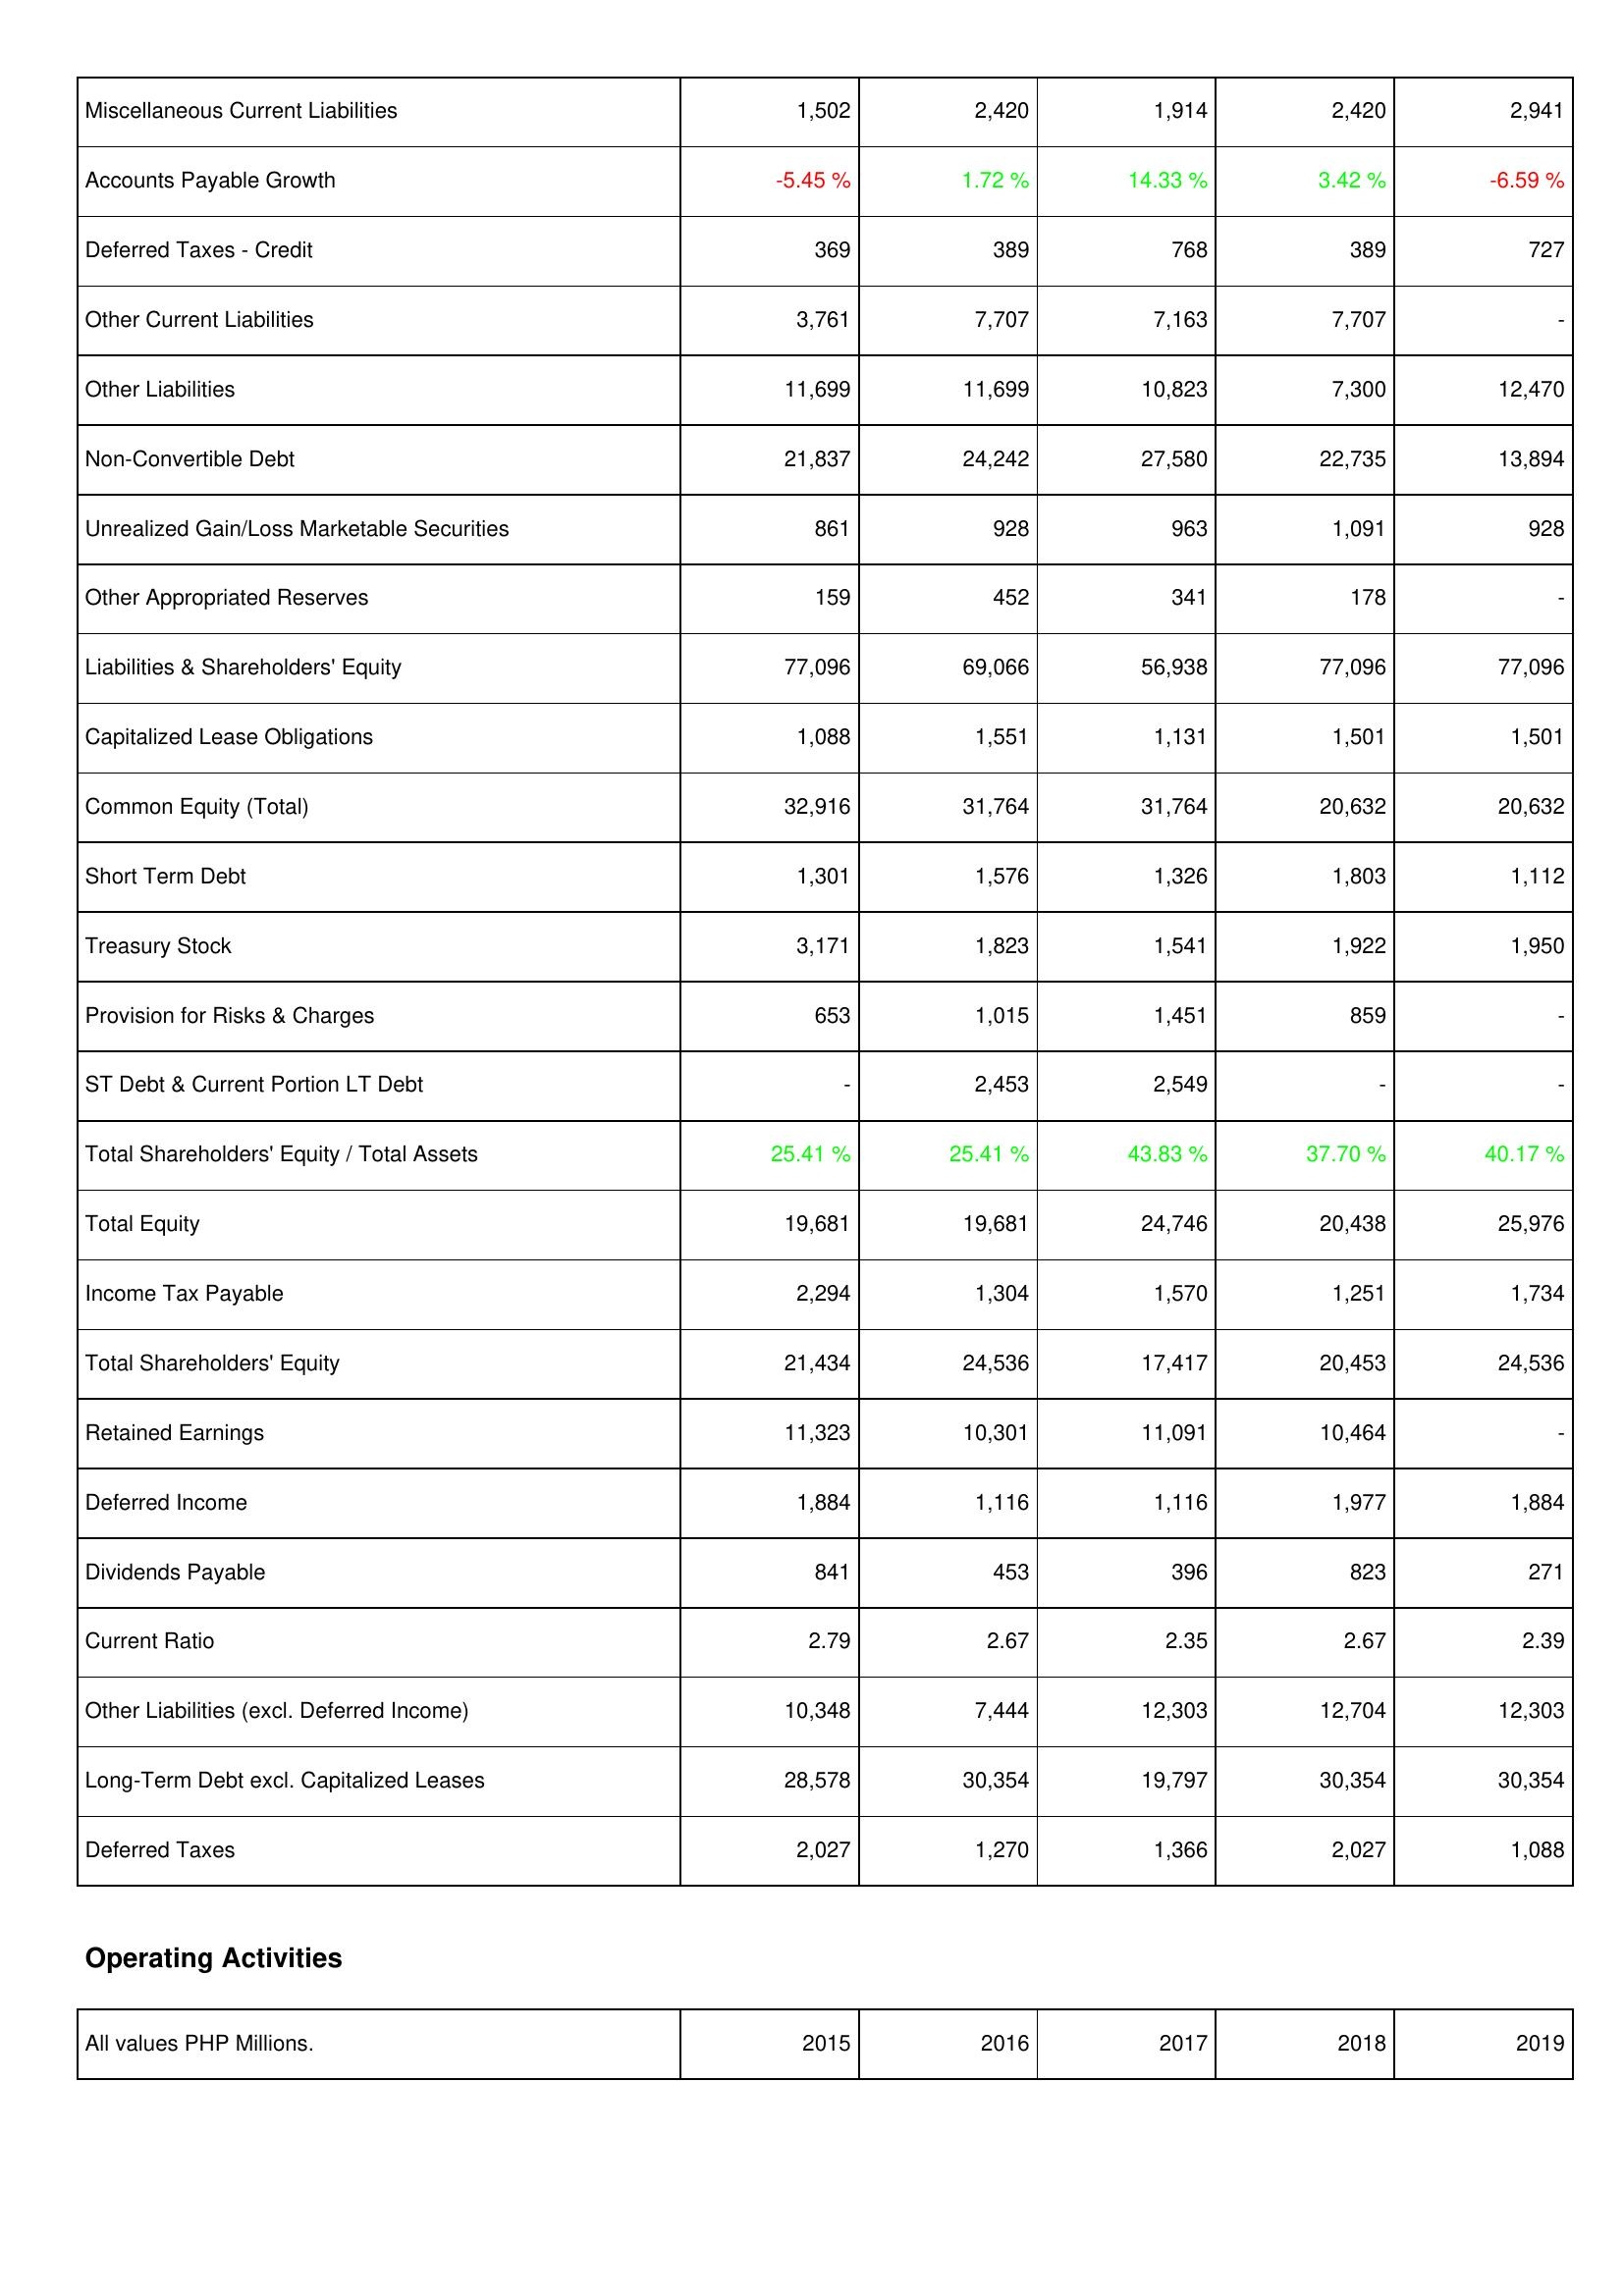
2015: Liabilities & Shareholders' Equity: Miscellaneous Current Liabilities: 1,502
Accounts Payable Growth: -5.45 %
Deferred Taxes - Credit: 369
Other Current Liabilities: 3,761
Other Liabilities: 11,699
Non-Convertible Debt: 21,837
Unrealized Gain/Loss Marketable Securities: 861
Other Appropriated Reserves: 159
Liabilities & Shareholders' Equity: 77,096
Capitalized Lease Obligations: 1,088
Common Equity (Total): 32,916
Short Term Debt: 1,301
Treasury Stock: 3,171
Provision for Risks & Charges: 653
ST Debt & Current Portion LT Debt: -
Total Shareholders' Equity / Total Assets: 25.41 %
Total Equity: 19,681
Income Tax Payable: 2,294
Total Shareholders' Equity: 21,434
Retained Earnings: 11,323
Deferred Income: 1,884
Dividends Payable: 841
Current Ratio: 2.79
Other Liabilities (excl. Deferred Income): 10,348
Long-Term Debt excl. Capitalized Leases: 28,578
Deferred Taxes: 2,027
2016: Liabilities & Shareholders' Equity: Miscellaneous Current Liabilities: 2,420
Accounts Payable Growth: 1.72 %
Deferred Taxes - Credit: 389
Other Current Liabilities: 7,707
Other Liabilities: 11,699
Non-Convertible Debt: 24,242
Unrealized Gain/Loss Marketable Securities: 928
Other Appropriated Reserves: 452
Liabilities & Shareholders' Equity: 69,066
Capitalized Lease Obligations: 1,551
Common Equity (Total): 31,764
Short Term Debt: 1,576
Treasury Stock: 1,823
Provision for Risks & Charges: 1,015
ST Debt & Current Portion LT Debt: 2,453
Total Shareholders' Equity / Total Assets: 25.41 %
Total Equity: 19,681
Income Tax Payable: 1,304
Total Shareholders' Equity: 24,536
Retained Earnings: 10,301
Deferred Income: 1,116
Dividends Payable: 453
Current Ratio: 2.67
Other Liabilities (excl. Deferred Income): 7,444
Long-Term Debt excl. Capitalized Leases: 30,354
Deferred Taxes: 1,270
2017: Liabilities & Shareholders' Equity: Miscellaneous Current Liabilities: 1,914
Accounts Payable Growth: 14.33 %
Deferred Taxes - Credit: 768
Other Current Liabilities: 7,163
Other Liabilities: 10,823
Non-Convertible Debt: 27,580
Unrealized Gain/Loss Marketable Securities: 963
Other Appropriated Reserves: 341
Liabilities & Shareholders' Equity: 56,938
Capitalized Lease Obligations: 1,131
Common Equity (Total): 31,764
Short Term Debt: 1,326
Treasury Stock: 1,541
Provision for Risks & Charges: 1,451
ST Debt & Current Portion LT Debt: 2,549
Total Shareholders' Equity / Total Assets: 43.83 %
Total Equity: 24,746
Income Tax Payable: 1,570
Total Shareholders' Equity: 17,417
Retained Earnings: 11,091
Deferred Income: 1,116
Dividends Payable: 396
Current Ratio: 2.35
Other Liabilities (excl. Deferred Income): 12,303
Long-Term Debt excl. Capitalized Leases: 19,797
Deferred Taxes: 1,366
2018: Liabilities & Shareholders' Equity: Miscellaneous Current Liabilities: 2,420
Accounts Payable Growth: 3.42 %
Deferred Taxes - Credit: 389
Other Current Liabilities: 7,707
Other Liabilities: 7,300
Non-Convertible Debt: 22,735
Unrealized Gain/Loss Marketable Securities: 1,091
Other Appropriated Reserves: 178
Liabilities & Shareholders' Equity: 77,096
Capitalized Lease Obligations: 1,501
Common Equity (Total): 20,632
Short Term Debt: 1,803
Treasury Stock: 1,922
Provision for Risks & Charges: 859
ST Debt & Current Portion LT Debt: -
Total Shareholders' Equity / Total Assets: 37.70 %
Total Equity: 20,438
Income Tax Payable: 1,251
Total Shareholders' Equity: 20,453
Retained Earnings: 10,464
Deferred Income: 1,977
Dividends Payable: 823
Current Ratio: 2.67
Other Liabilities (excl. Deferred Income): 12,704
Long-Term Debt excl. Capitalized Leases: 30,354
Deferred Taxes: 2,027
2019: Liabilities & Shareholders' Equity: Miscellaneous Current Liabilities: 2,941
Accounts Payable Growth: -6.59 %
Deferred Taxes - Credit: 727
Other Current Liabilities: -
Other Liabilities: 12,470
Non-Convertible Debt: 13,894
Unrealized Gain/Loss Marketable Securities: 928
Other Appropriated Reserves: -
Liabilities & Shareholders' Equity: 77,096
Capitalized Lease Obligations: 1,501
Common Equity (Total): 20,632
Short Term Debt: 1,112
Treasury Stock: 1,950
Provision for Risks & Charges: -
ST Debt & Current Portion LT Debt: -
Total Shareholders' Equity / Total Assets: 40.17 %
Total Equity: 25,976
Income Tax Payable: 1,734
Total Shareholders' Equity: 24,536
Retained Earnings: -
Deferred Income: 1,884
Dividends Payable: 271
Current Ratio: 2.39
Other Liabilities (excl. Deferred Income): 12,303
Long-Term Debt excl. Capitalized Leases: 30,354
Deferred Taxes: 1,088